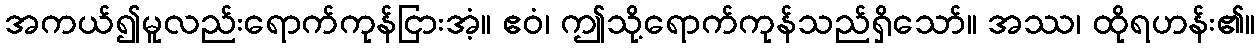
အကယ်၍မူလည်းရောက်ကုန်ငြားအံ့။ ဧဝံ၊ ဤသို့ရောက်ကုန်သည်ရှိသော်။ အဿ၊ ထိုရဟန်း၏။